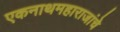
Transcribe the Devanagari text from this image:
एकनाथमहाराजांचे